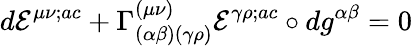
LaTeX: d{\cal E}^{\mu\nu;ac}+\Gamma_{(\alpha\beta)(\gamma\rho)}^{(\mu\nu)}{\cal E}^{\gamma\rho;ac}\circ dg^{\alpha\beta}=0